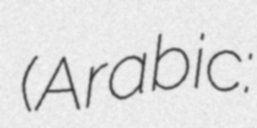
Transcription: (Arabic: